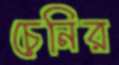
চেনির